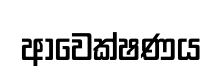
ආවෙක්ෂණය